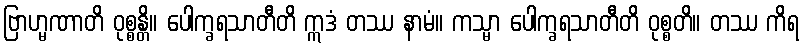
ဗြာဟ္မဏာတိ ဝုစ္စန္တိ။ ပေါက္ခရသာတီတိ ဣဒံ တဿ နာမံ။ ကသ္မာ ပေါက္ခရသာတီတိ ဝုစ္စတိ။ တဿ ကိရ